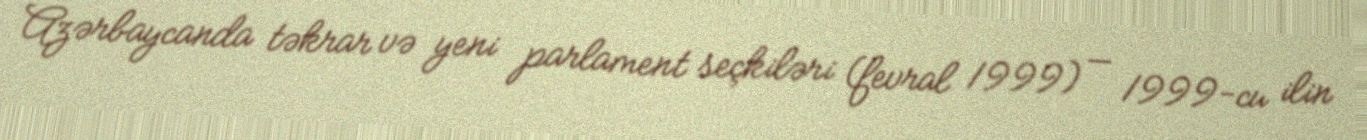
Azərbaycanda təkrar və yeni parlament seçkiləri (fevral 1999) — 1999-cu ilin